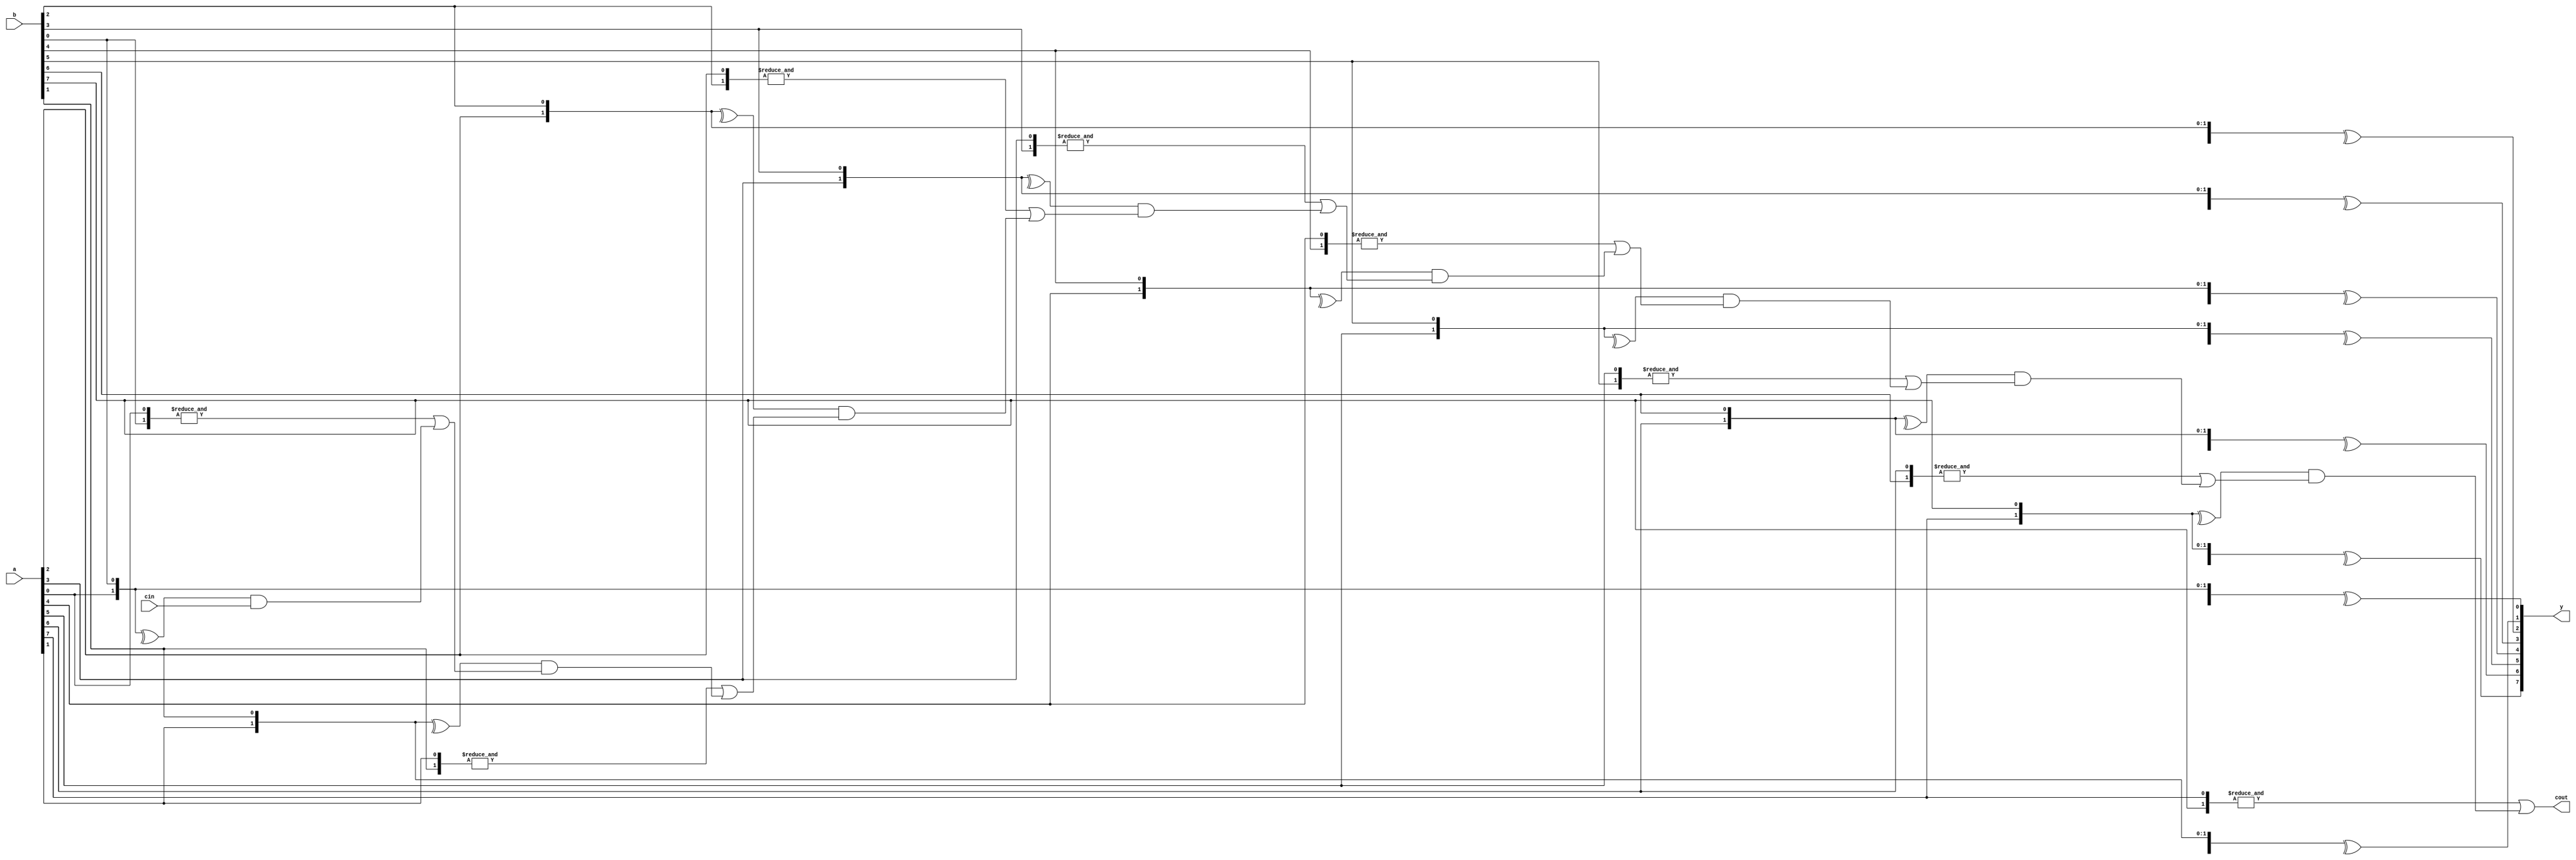
module uut_forgen02(a, b, cin, y, cout);

parameter WIDTH = 8;

input [WIDTH-1:0] a, b;
input cin;

output [WIDTH-1:0] y;
output cout;

genvar i;
wire [WIDTH-1:0] carry;

generate
	for (i = 0; i < WIDTH; i=i+1) begin:adder
		wire [2:0] D;
		assign D[1:0] = { a[i], b[i] };
		if (i == 0) begin:chain
			assign D[2] = cin;
		end else begin:chain
			assign D[2] = carry[i-1];
		end
		assign y[i] = ^D;
		assign carry[i] = &D[1:0] | (^D[1:0] & D[2]);
	end
endgenerate

assign cout = carry[WIDTH-1];

endmodule